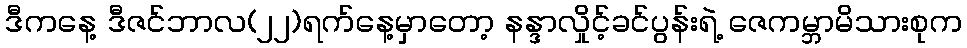
ဒီကနေ့ ဒီဇင်ဘာလ(၂၂)ရက်နေ့မှာတော့ နန္ဒာလှိုင့်ခင်ပွန်းရဲ့ ဇေကမ္ဘာမိသားစုက